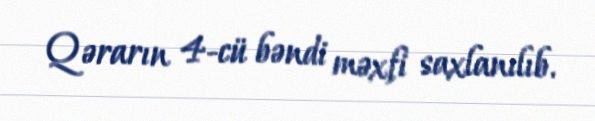
Qərarın 4-cü bəndi məxfi saxlanılıb.